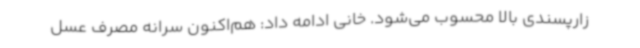
زارپسندی بالا محسوب می‌شود. خانی ادامه داد: هم‌اکنون سرانه مصرف عسل